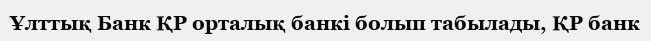
Ұлттық Банк ҚР орталық банкі болып табылады, ҚР банк